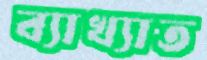
ব্যাখ্যাত